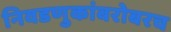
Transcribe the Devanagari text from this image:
निवडणुकांबरोबरच